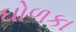
ઘોળકા